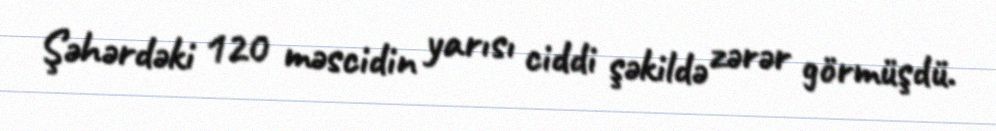
Şəhərdəki 120 məscidin yarısı ciddi şəkildə zərər görmüşdü.